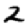
Digit: 2